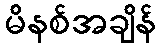
မိနစ်အချိန်